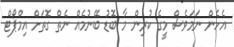
އެހެން ނަމަވެސް މީގެ ކުރިން މާ ބޮޑު ބޭނުމެއް ނެތް ގޮތަށް އިމްޕޯޓް